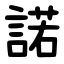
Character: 諾